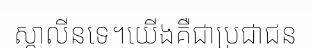
ស្តាលីនទេ។យើងគឺជាប្រជាជន